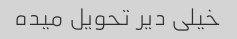
خیلی دیر تحویل میده